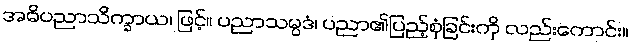
အဓိပညာသိက္ခာယ၊ ဖြင့်။ ပညာသမ္ပဒံ၊ ပညာ၏ပြည့်စုံခြင်းကို လည်းကောင်း။